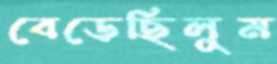
বেড়েছিলুম